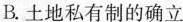
B.土地私有制的确立